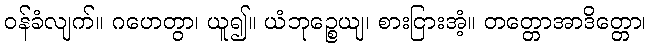
ဝန်ခံလျက်။ ဂဟေတွာ၊ ယူ၍။ ယံဘုဉ္စေယျ၊ စားငြားအံ့။ တတ္တောအာဒိတ္တော၊